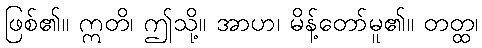
ဖြစ်၏။ ဣတိ၊ ဤသို့။ အာဟ၊ မိန့်တော်မူ၏။ တတ္ထ၊